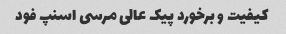
کیفیت و برخورد پیک عالی مرسی اسنپ فود